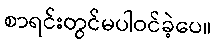
စာရင်းတွင်မပါဝင်ခဲ့ပေ။